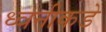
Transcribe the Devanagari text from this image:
ध्वनीकडे